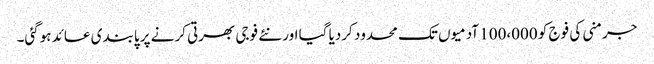
جرمنی کی فوج کو 100،000 آدمیوں تک محدود کردیا گیا اور نئے فوجی بھرتی کرنے پر پابندی عائد ہوگئی۔